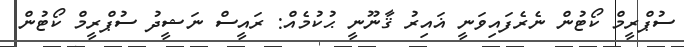
ސުޕްރީމް ކޯޓުން ނެރެފައިވަނީ ޣައިރު ޤާނޫނީ ޙުކުމެއް: ރައީސް ނަޝީދު ސުޕްރީމް ކޯޓުން